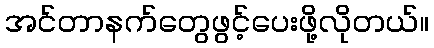
အင်တာနက်တွေဖွင့်ပေးဖို့လိုတယ်။